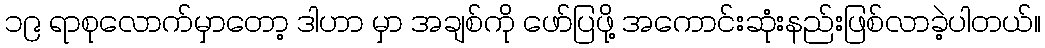
၁၉ ရာစုလောက်မှာတော့ ဒါဟာ မှာ အချစ်ကို ဖော်ပြဖို့ အကောင်းဆုံးနည်းဖြစ်လာခဲ့ပါတယ်။